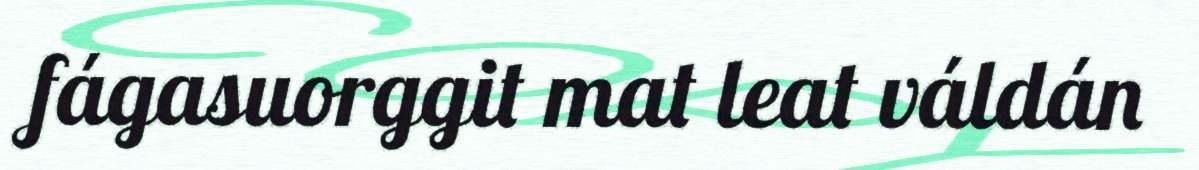
fágasuorggit mat leat váldán